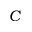
C